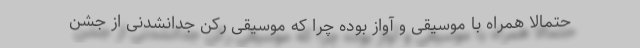
حتمالا همراه با موسیقی و آواز بوده چرا که موسیقی رکن جدانشدنی از جشن